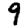
Digit: 9